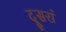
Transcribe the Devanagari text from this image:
दूसरां